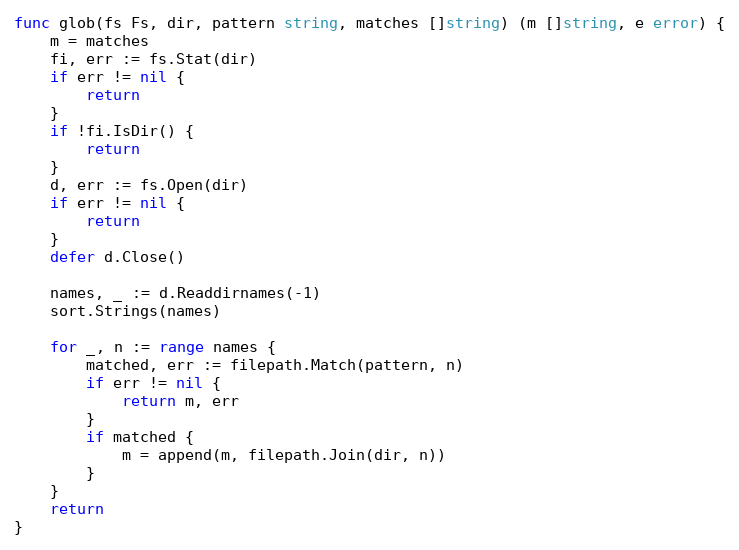
Language: Go
func glob(fs Fs, dir, pattern string, matches []string) (m []string, e error) {
	m = matches
	fi, err := fs.Stat(dir)
	if err != nil {
		return
	}
	if !fi.IsDir() {
		return
	}
	d, err := fs.Open(dir)
	if err != nil {
		return
	}
	defer d.Close()

	names, _ := d.Readdirnames(-1)
	sort.Strings(names)

	for _, n := range names {
		matched, err := filepath.Match(pattern, n)
		if err != nil {
			return m, err
		}
		if matched {
			m = append(m, filepath.Join(dir, n))
		}
	}
	return
}